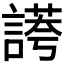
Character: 𧪮